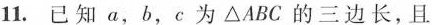
11.已知a，b，c为△ABC的三边长，且